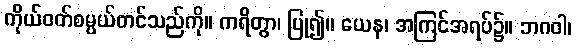
ကိုယ်ဝတ်စမ္ပယ်တင်သည်ကို။ ကရိတွာ၊ ပြု၍။ ယေန၊ အကြင်အရပ်၌။ ဘဂဝါ၊